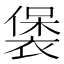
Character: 𧛱